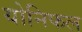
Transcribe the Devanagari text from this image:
योनिफल